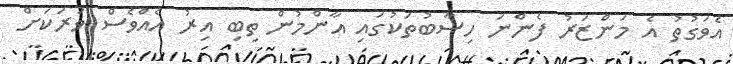
އެވަގުތު އެ މަންޒަރު ފެންނަ ހިސާބުތަކުގައި އާންމުން ތިބި އިރު އެއްވެސް ވަރަކަށް